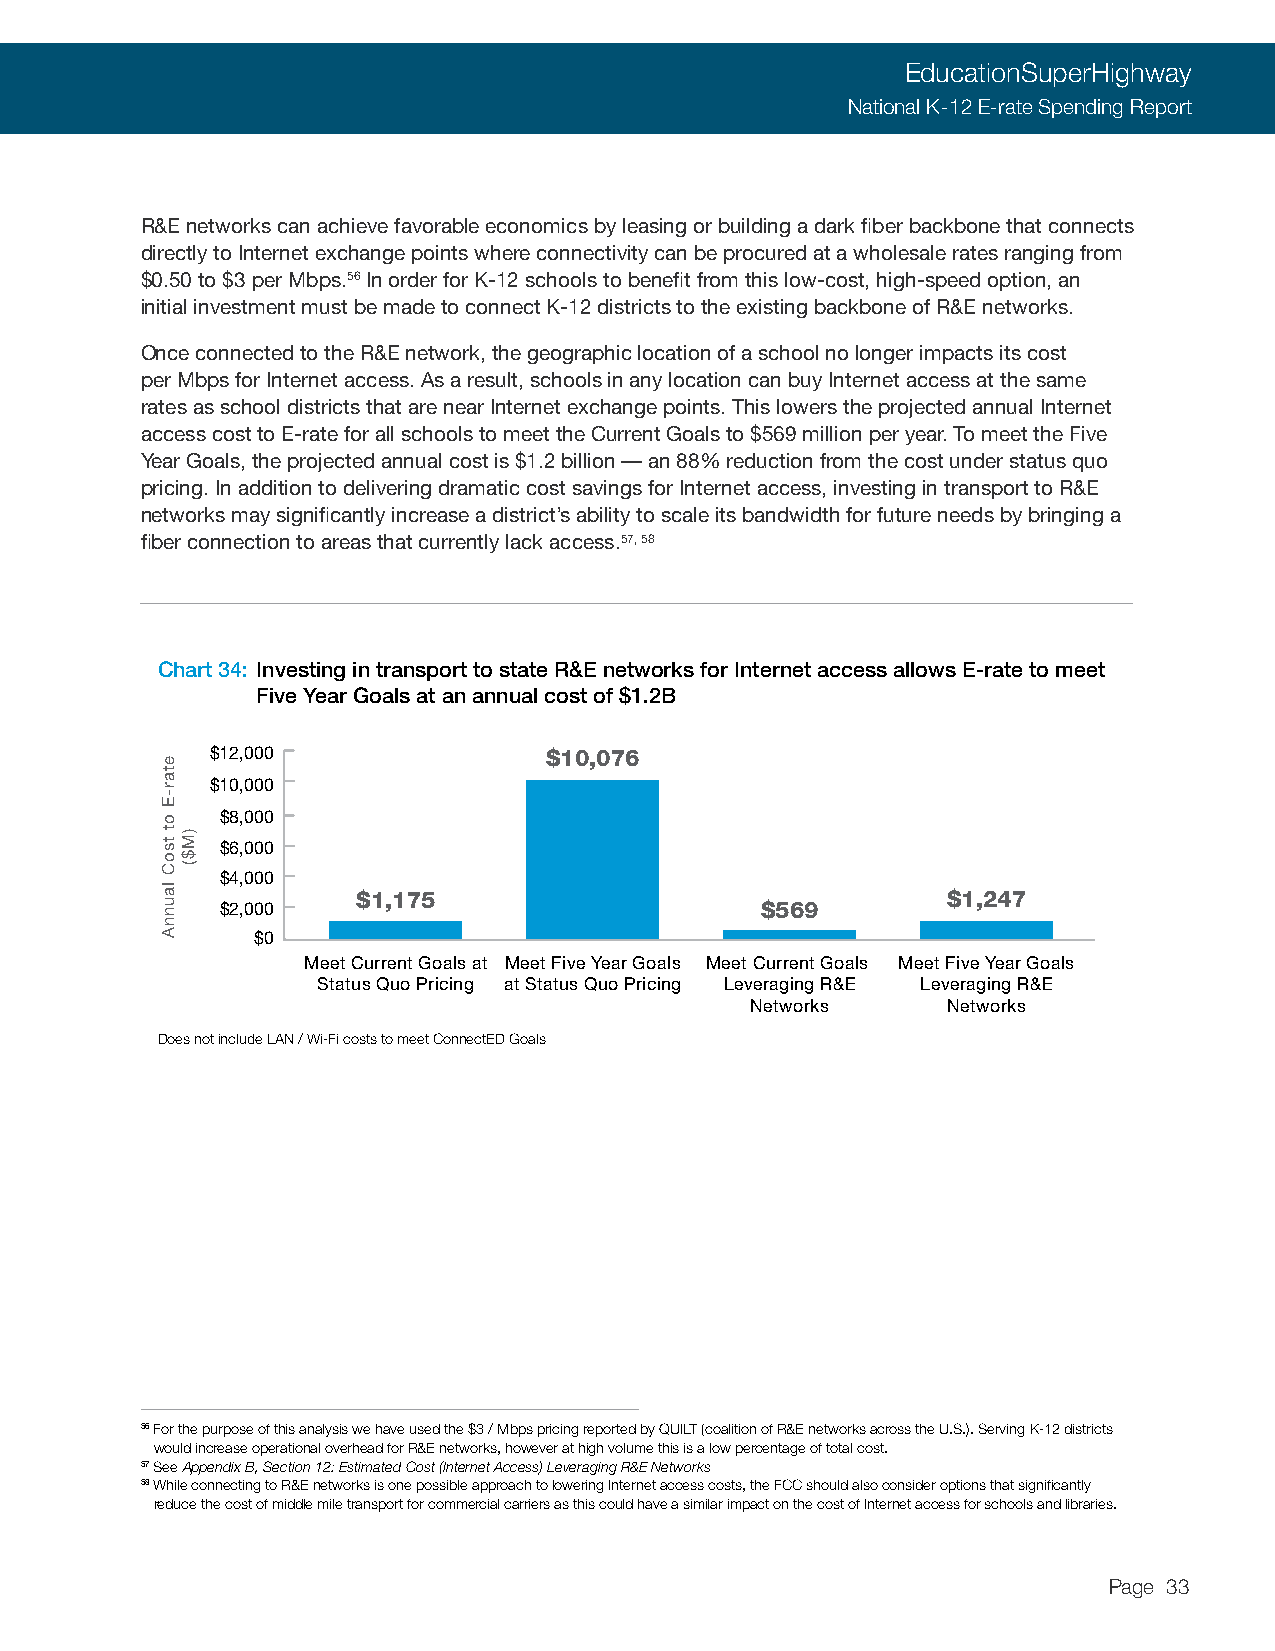
EducationSuperHighway
 National K-12 E-rate Spending Report
 R&E networks can achieve favorable economics by leasing or building a dark fiber backbone that connects
 directly to Internet exchange points where connectivity can be procured at a wholesale rates ranging from
 $0.50 to $3 per Mbps.56 In order for K-12 schools to benefit from this low-cost, high-speed option, an
 initial investment must be made to connect K-12 districts to the existing backbone of R&E networks.
 Once connected to the R&E network, the geographic location of a school no longer impacts its cost
 per Mbps for Internet access. As a result, schools in any location can buy Internet access at the same
 rates as school districts that are near Internet exchange points. This lowers the projected annual Internet
 access cost to E-rate for all schools to meet the Current Goals to $569 million per year. To meet the Five
 Year Goals, the projected annual cost is $1.2 billion — an 88% reduction from the cost under status quo
 pricing. In addition to delivering dramatic cost savings for Internet access, investing in transport to R&E
 networks may significantly increase a district’s ability to scale its bandwidth for future needs by bringing a
 fiber connection to areas that currently lack access.57, 58
 Chart 34: Investing in transport to state R&E networks for Internet access allows E-rate to meet
 Five Year Goals at an annual cost of $1.2B
 $12,000               $10,076
 $10,000
 $8,000
 $6,000
 $4,000
 $1,175                                 $1,247
 $2,000                             $569
 $0
 Meet Current Goals at Meet Five Year Goals Meet Current Goals Meet Five Year Goals
 Status Quo Pricing at Status Quo Pricing Leveraging R&E Leveraging R&E
 Networks     Networks
 Does not include LAN / Wi-Fi costs to meet ConnectED Goals
 56 For the purpose of this analysis we have used the $3 / Mbps pricing reported by QUILT (coalition of R&E networks across the U.S.). Serving K-12 districts
 would increase operational overhead for R&E networks, however at high volume this is a low percentage of total cost.
 57 See Appendix B, Section 12: Estimated Cost (Internet Access) Leveraging R&E Networks
 58 While connecting to R&E networks is one possible approach to lowering Internet access costs, the FCC should also consider options that significantly
 reduce the cost of middle mile transport for commercial carriers as this could have a similar impact on the cost of Internet access for schools and libraries.
 Page 33
 etar-E
 ot
 tsoC
 launnA
 )M$(